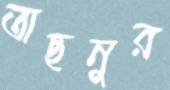
তাছনুর